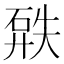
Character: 𥓹